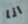
انا